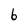
Character: 6